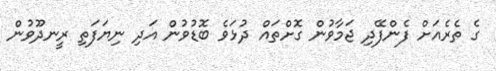
ގެ ތެރެއަށް ފެންފޭދި ޖަމާވުން ގޮށްތައް ދުޅަވެ ބޮޑުވުން އަދި ނިޔަފަތި ރީނދޫވުން